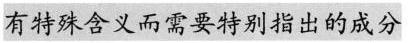
具有特殊含义而需要特别指出的成分